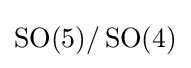
\operatorname {SO} (5)/\operatorname {SO} (4)